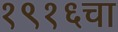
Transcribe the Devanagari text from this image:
१९१६चा